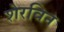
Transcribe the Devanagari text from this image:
शेरविन